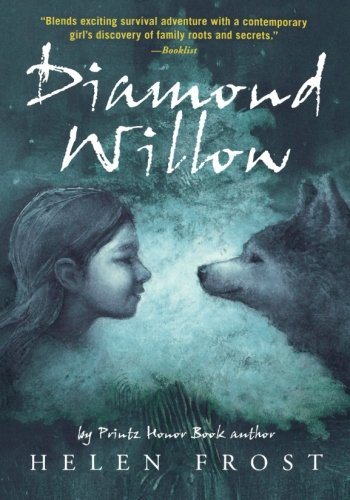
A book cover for Diamond Willow; Helen Frost; Children's Books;